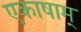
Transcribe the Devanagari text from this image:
एकाषाम्